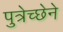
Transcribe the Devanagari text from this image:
पुत्रेच्छेने